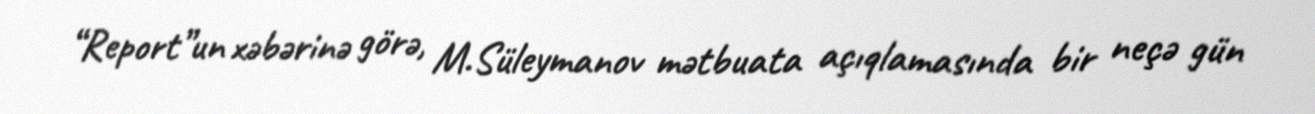
“Report”un xəbərinə görə, M.Süleymanov mətbuata açıqlamasında bir neçə gün